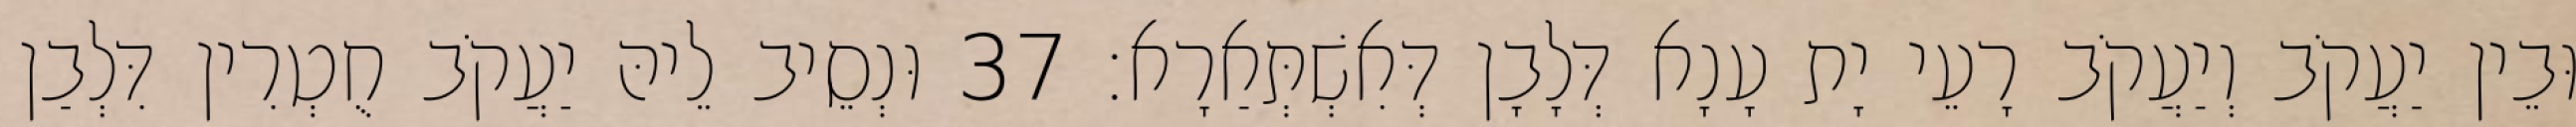
וּבֵין יַעֲקֹב וְיַעֲקֹב רָעֵי יָת עָנָא דְּלָבָן דְּאִשְׁתְּאַרָא׃ 37 וּנְסֵיב לֵיהּ יַעֲקֹב חֻטְרִין דִּלְבַן